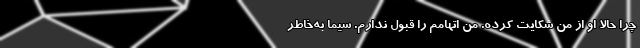
چرا حالا او از من شکایت کرده. من اتهامم را قبول ندارم. سیما به‌خاطر